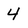
Character: 4